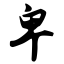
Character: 卑